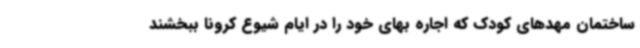
ساختمان مهدهای کودک که اجاره بهای خود را در ایام شیوع کرونا ببخشند